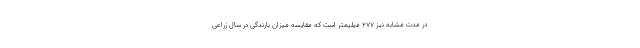
در مدت مشابه نیز ۲۷۷ میلیمتر است که مقایسه میزان بارندگی در سال زراعی